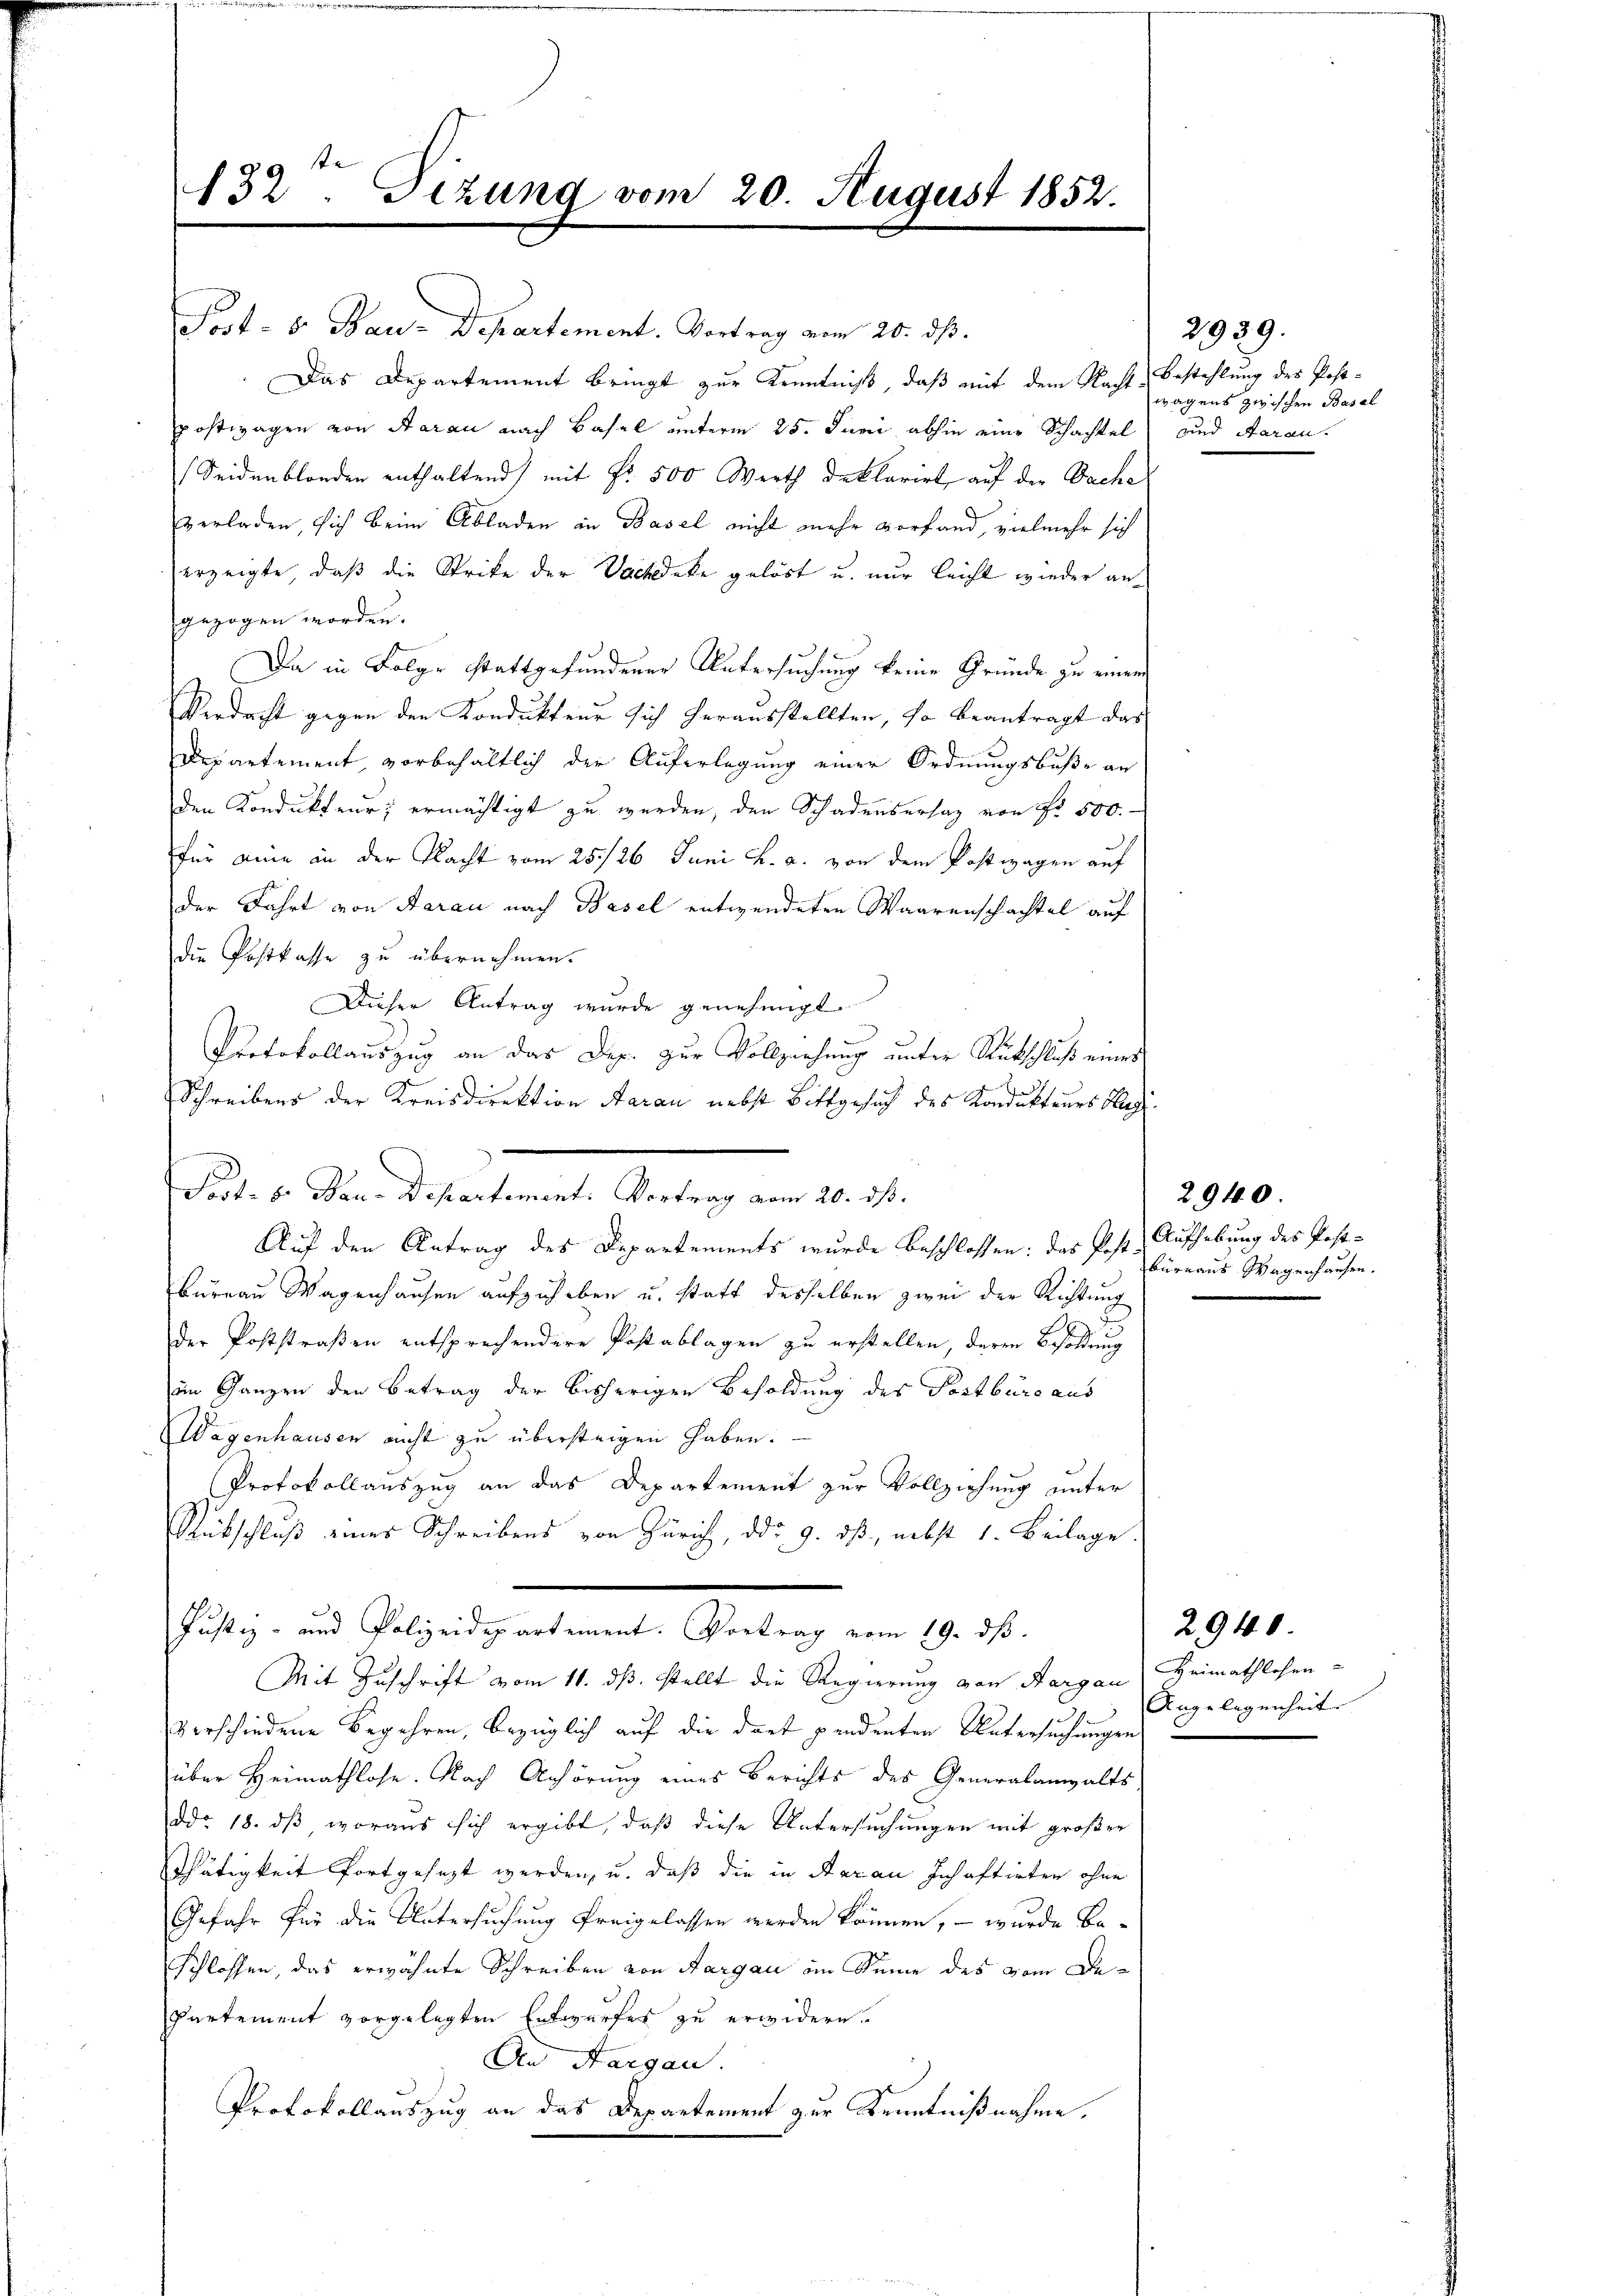
132. Sizung vom 20. August 1852.

Post- 6. Bau-Departement. Vortrag vom 20. ds.
Das Departement bringt zur Kenntniß, daß mit dem Nachtpostwagen von Aarau nach Basel unterm 25. Juni abhin eine Schachtel und Aarau
Seidenblanden enthaltend, mit Fr. 500 Werth deklarirt, auf der Sache
verladen, sich beim Abladen in Basel nicht mehr vorfand, vielmehr sich
erzeigte, daß die Strike der Wackedeke gelöst u. nur leicht wieder angezogen worden.
Da in Folge stattgefundener Untersuchung keine Gründe zu einem
Verdacht gegen der Kondukteur sich herausstellten, so beantragt das
Departement, vorbehaltlich der Auferlegung einer Ordnungsbuße an
den Kondukteur; ermächtigt zu werden, den Schadensersaz von Nr. 500.-
für eine an der Nacht vom 25./26. Juni l. a. von dem Postwagen auf
der Fahrt von Aarau nach Basel entwendeten Waarenschachtel auf
die Postkasse zu übernehmen.
Dieser Antrag wurde genehmigt.
Protokollauszug an das Dop. zur Vollziehung unter Rückschluß eines
E
Schreibens der Kreisdirektion Aarau nebst Bittgesuch des Kondukteurs Heg
Fort. 8. Bau-Departement: Vortrag vom 20. ds.
Auf den Antrag des Departements wurde beschlossen: das Post Aufhebung des Post-
Bureau Wagenhausen aufzuheben u. statt desselben zwei der Richtung
der Poststraßen entsprechendere Postablagen zu erstellen, deren Besoldung
im Ganzen den Betrag der bisherigen Besoldung des Postbüreaus
Wagenhausen nicht zu übersteigen haben.
Protokollauszug an das Departement zur Vollziehung unter
Rückschluß eines Schreibens von Zürich, ddo 9. dß, nebst 1. Beilage
Justiz- und Polizeidepartement. Vortrag vom 19. ds.
Mit Zuschrift vom 11. ds. stellt die Regierung von Aargau, Heimathlosen-
verschiedene Begehren, bezüglich auf die dort pendenten Untersuchungen
über Heimathlose. Nach Anhörung eines Berichts des Generalanwalts
ddo 18. dβ woraus sich ergibt, daβ diese Untersŭchŭngen mit großer
Thätigkeit fortgesezt werden, u. daß die in Aarau Inhaftirten ohne
Gefahr für die Untersuchung freigelassen werden können, – wurde be¬
Schlossen, das erwähnte Schreiben von Aargau im Seine des vom De¬
Partement vorgelegten Entwurfes zu erwidern.
An Aargau.
Protokollauszug an das Departement zur Kenntnißnahme.

2939.
Bestehlung des Post-
wagens zwischen Basal

2940
büreaus Wagenhausen.

Angelegenheit.

2940.